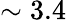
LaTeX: \sim 3.4